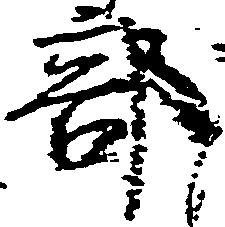
部